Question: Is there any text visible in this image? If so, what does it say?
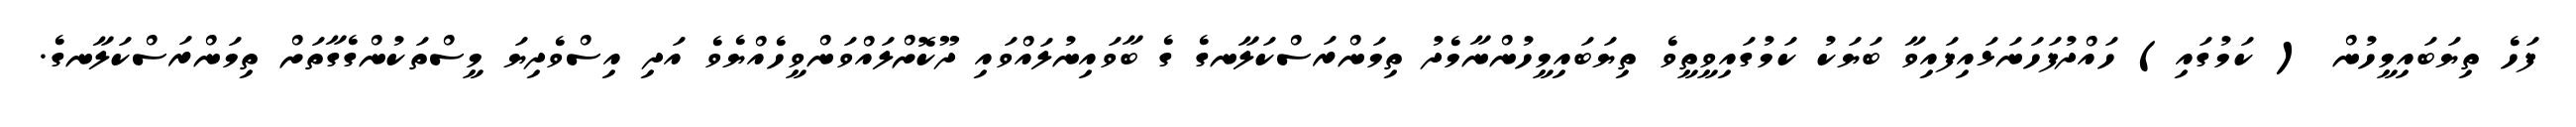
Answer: ފަހެ ތިޔަބައިމީހުން ( ކަމުގައި) ހައްދުފަހަނަޅައިފައިވާ ބަޔަކު ކަމުގައިވީތީވެ ތިޔަބައިމީހުންނާމެދު ތިމަންރަސްކަލާނގެ ގެ ބާވައިނުލައްވައި ދޫކޮށްލައްވަންވީހެއްޔެވެ އަދި އިސްވެދިޔަ މީސްތަކުންގެގާތަށް ތިމަންރަސްކަލާނގެ.